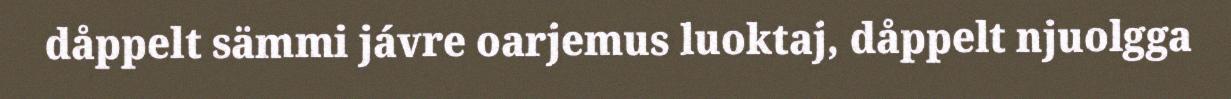
dåppelt sämmi jávre oarjemus luoktaj, dåppelt njuolgga